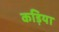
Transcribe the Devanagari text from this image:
कड़िया